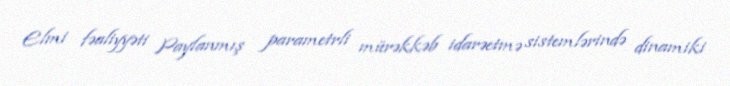
Elmi fəaliyyəti Paylanmış parametrli mürəkkəb idarəetmə sistemlərində dinamiki